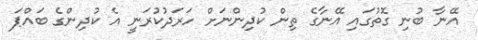
އޭނާ ބުނި ގޮތުގައި އޭނާގެ ތިން ކުދިންނަށް ހަރަދުކުރަނީ އެ ކުދިންގެ ބައްޕަ